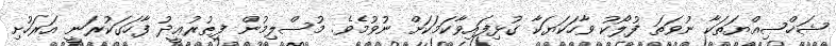
ޝަޚްޞިއްޔަތަކާ ނުވަތަ ފުލޯކު ވާހަކަޔަކާ ގުޅިފައިވާކަމަކަށް ނުވުމެވެ. މުސްލިމުން ފިޠުރުޢީދު ފާހަގަކުރަނީ އަރަހުށި